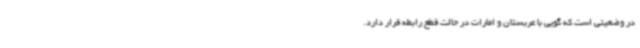
در وضعیتی است که گویی با عربستان و امارات در حالت قطع رابطه قرار دارد.